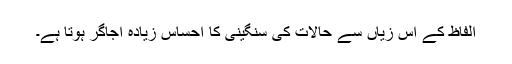
الفاظ کے اس زیاں سے حالات کی سنگینی کا احساس زیادہ اجاگر ہوتا ہے۔